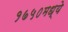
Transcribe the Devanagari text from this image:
१७५०मध्ये